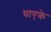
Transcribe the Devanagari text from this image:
घाएके